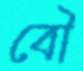
বৌ